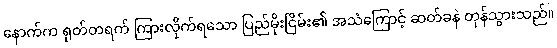
နောက်က ရုတ်တရက် ကြားလိုက်ရသော ပြည်မိုးငြိမ်း၏ အသံကြောင့် ဆတ်ခနဲ တုန်သွားသည်။